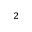
_ 2